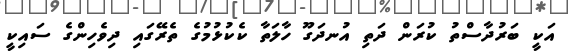
އަކީ ބަރުދާސްތު ކުރަން ދަތި އުނދަގޫ ހާލަތާ ކެކުޅުމުގެ ތެރޭގައި ދިވެހިންގެ ސައިކީ